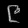
Digit: ၉